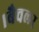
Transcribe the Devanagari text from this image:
।बैचलर